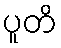
ပူတိ